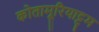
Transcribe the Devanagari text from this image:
कोतामूरियाट्टम